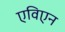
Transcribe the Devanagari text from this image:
एविएन